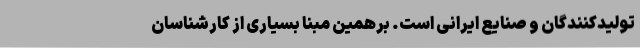
تولیدکنندگان و صنایع ایرانی است. برهمین مبنا بسیاری از کارشناسان